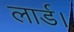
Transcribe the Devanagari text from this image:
लार्ड।